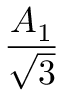
\frac { A _ { 1 } } { \sqrt { 3 } }